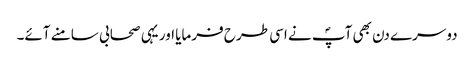
دوسرے دن بھی آپؐ نے اسی طرح فرمایا اور یہی صحابی سامنے آئے۔